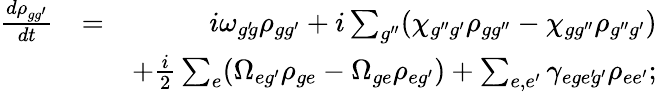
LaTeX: \begin{array}{rlr}{\frac{d\rho_{gg^{\prime}}}{dt}}&{=}&{i\omega_{g^{\prime}\! g}\rho_{gg^{\prime}}+i\sum_{g^{\prime\prime}}(\chi_{g^{\prime\prime}g^{\prime}}\rho_{gg^{\prime\prime}}-\chi_{gg^{\prime\prime}}\rho_{g^{\prime\prime}g^{\prime}})}\\ &{}&{+\frac{i}{2}\sum_{e}(\Omega_{eg^{\prime}}\rho_{ge}-\Omega_{ge}\rho_{eg^{\prime}})+\sum_{e,e^{\prime}}\gamma_{ege^{\prime}\! g^{\prime}}\rho_{ee^{\prime}};}\end{array}